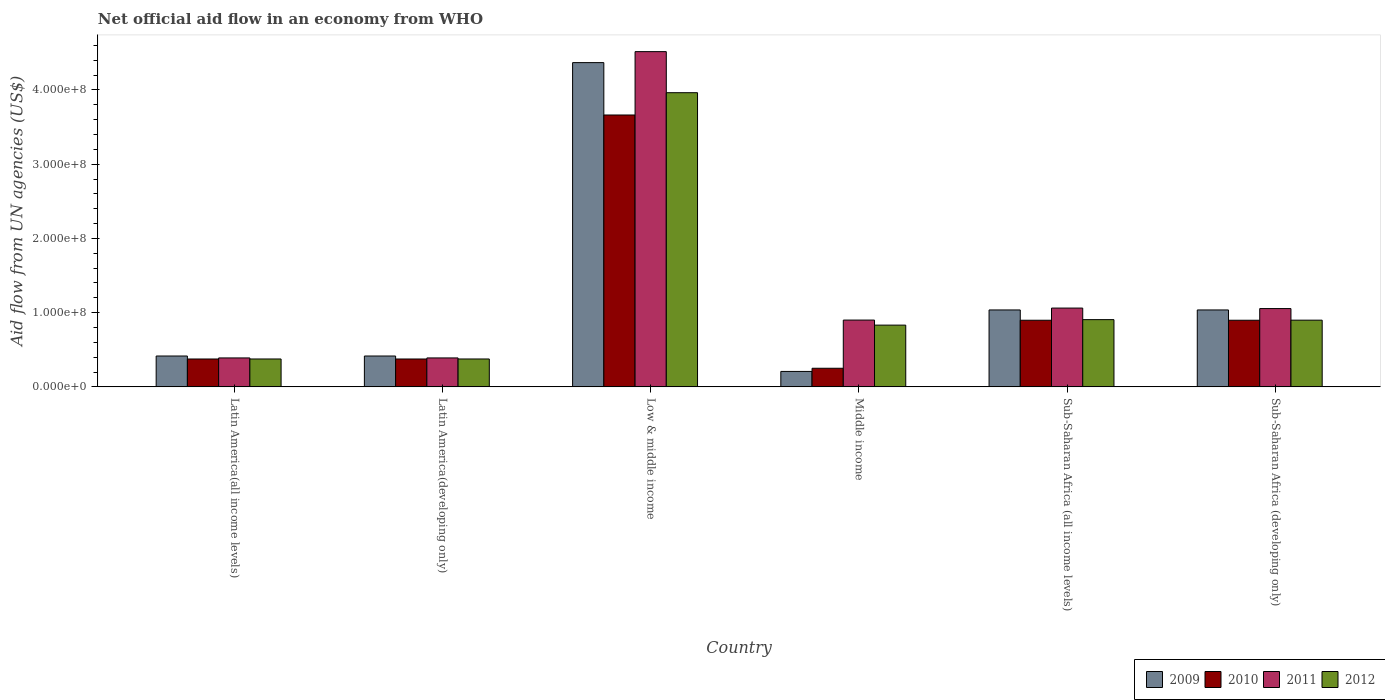
| Country | 2009 | 2010 | 2011 | 2012 |
 | --- | --- | --- | --- | --- |
 | Latin America(all income levels) | 4.16e+07 | 3.76e+07 | 3.9e+07 | 3.76e+07 |
 | Latin America(developing only) | 4.16e+07 | 3.76e+07 | 3.9e+07 | 3.76e+07 |
 | Low & middle income | 4.37e+08 | 3.66e+08 | 4.52e+08 | 3.96e+08 |
 | Middle income | 2.08e+07 | 2.51e+07 | 9e+07 | 8.32e+07 |
 | Sub-Saharan Africa (all income levels) | 1.04e+08 | 8.98e+07 | 1.06e+08 | 9.06e+07 |
 | Sub-Saharan Africa (developing only) | 1.04e+08 | 8.98e+07 | 1.05e+08 | 8.98e+07 |